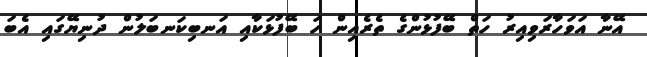
އޭނާ އަވަހާރަވިއިރު ހަތް ބޭފުޅުންގެ ތެރެއިން ހަ ބޭފުޅަކާއި އަނބިކަނބަލުން ދުނިޔޭގައި އެބަ